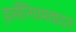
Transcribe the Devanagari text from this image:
हार्मोनियमवादन